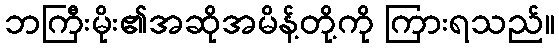
ဘကြီးမိုး၏အဆိုအမိန့်တို့ကို ကြားရသည်။